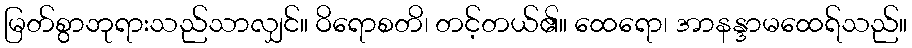
မြတ်စွာဘုရားသည်သာလျှင်။ ဝိရောစတိ၊ တင့်တယ်၏။ ထေရော၊ အာနန္ဒာမထေရ်သည်။